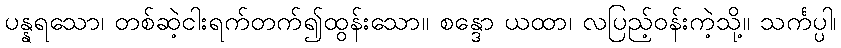
ပန္နရသော၊ တစ်ဆဲ့ငါးရက်တက်၍ထွန်းသော။ စန္ဒော ယထာ၊ လပြည့်ဝန်းကဲ့သို့။ သင်္ကပ္ပါ၊